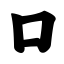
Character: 口